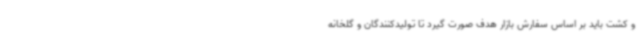
و کشت باید بر اساس سفارش بازار هدف صورت گیرد تا تولیدکنندگان و گلخانه